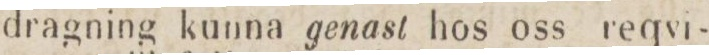
dragning kunna genast hos oss reqvi-